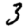
Digit: 3